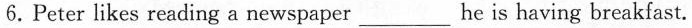
6.Peter likes reading a newspaper___ he is having breakfast.